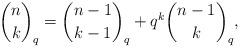
LaTeX: \begin{align*} \binom{n}{k}_q = \binom{n - 1}{k - 1}_q + q^k \binom{n - 1}{k}_q, \end{align*}